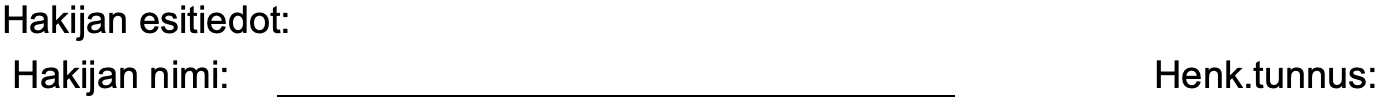
Hakijan esitiedot: Hakijan nimi:                         Henk.tunnus: